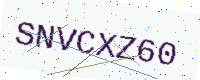
Text: SNVCXZ60